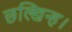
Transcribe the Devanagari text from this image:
छल्खिन्ह।